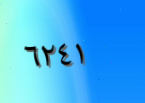
٦٢٤١